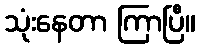
သုံးနေတာ ကြာပြီ။